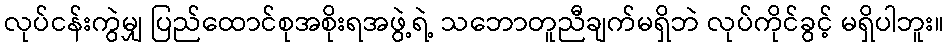
လုပ်ငန်းကွဲမျှ ပြည်ထောင်စုအစိုးရအဖွဲ့ရဲ့ သဘောတူညီချက်မရှိဘဲ လုပ်ကိုင်ခွင့် မရှိပါဘူး။